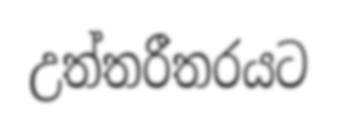
උත්තරීතරයට